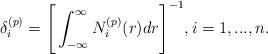
LaTeX: \begin{align*}\delta_{i}^{(p)}=\Bigg[\int_{-\infty}^{\infty}N_{i}^{(p)}(r)dr\Bigg]^{-1}, i=1,...,n. \end{align*}